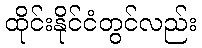
ထိုင်းနိုင်ငံတွင်လည်း